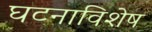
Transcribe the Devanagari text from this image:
घटनाविशेष